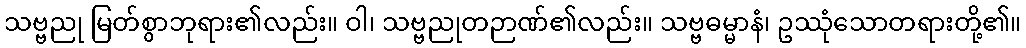
သဗ္ဗညု မြတ်စွာဘုရား၏လည်း။ ဝါ၊ သဗ္ဗညုတဉာဏ်၏လည်း။ သဗ္ဗဓမ္မာနံ၊ ဥဿုံသောတရားတို့၏။